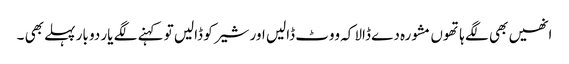
انھیں بھی لگے ہاتھوں مشورہ دے ڈالا کہ ووٹ ڈالیں اور شیر کو ڈالیں تو کہنے لگے یار دو بار پہلے بھی ۔